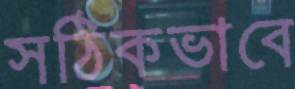
সঠিকভাবে